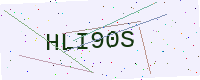
Text: HLI90S